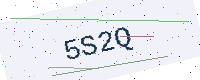
Text: 5S2Q